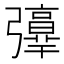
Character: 𢐻